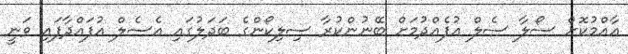
އާއްމުކޮށް ސޯލާ ސެލް އުފެއްދުމަށް ބޭނުންކުރާ ސިލިކޯންގެ ބަދަލުގައި އެސެލް އުފައްދާފައި ވަނީ